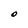
Character: 0